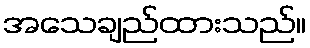
အသေချည်ထားသည်။